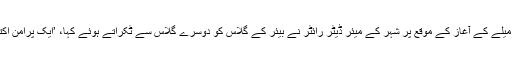
ہفتے کے روز اس میلے کے آغاز کے موقع پر شہر کے میئر ڈیٹر رائٹر نے بیئر کے گلاس کو دوسرے گلاس سے ٹکراتے ہوئے کہا، ’ایک پرامن اکتوبر فیسٹ کے نام‘۔